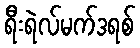
ရီးရဲလ်မက်ဒရစ်